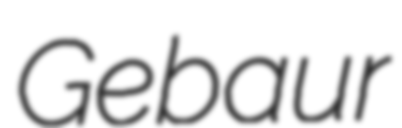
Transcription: Gebaur